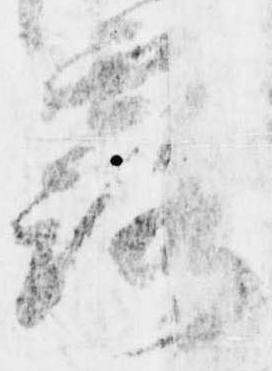
露